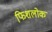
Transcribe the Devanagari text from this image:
फिशलोक